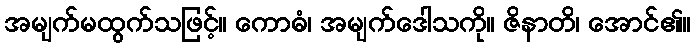
အမျက်မထွက်သဖြင့်။ ကောဓံ၊ အမျက်ဒေါသကို။ ဇိနာတိ၊ အောင်၏။